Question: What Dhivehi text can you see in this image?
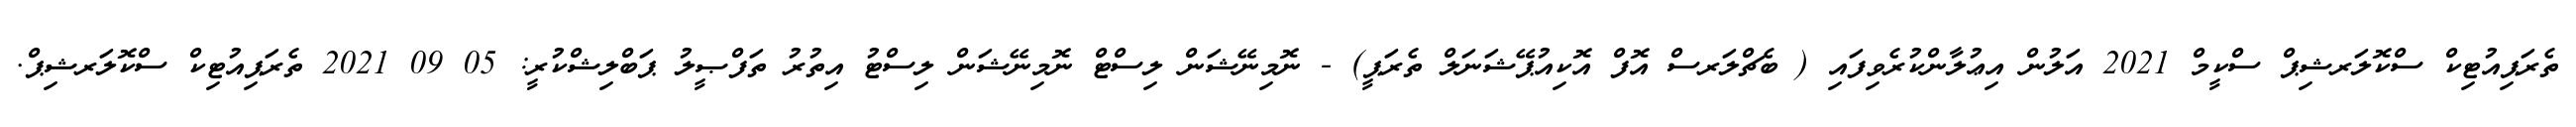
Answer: ތެރަޕިއުޓިކް ސްކޮލަރޝިޕް ސްކީމް 2021 އަލުން އިޢުލާންކުރެވިފައި ( ބެޗްލަރސް އޮފް އޮކިއުޕޭޝަނަލް ތެރަޕީ) - ނޮމިނޭޝަން ލިސްޓް ނޮމިނޭޝަން ލިސްޓު އިތުރު ތަފްޞީލު ޕަބްލިޝްކުރީ: 05 09 2021 ތެރަޕިއުޓިކް ސްކޮލަރޝިޕް.